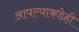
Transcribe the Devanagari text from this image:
आपल्याकडेही